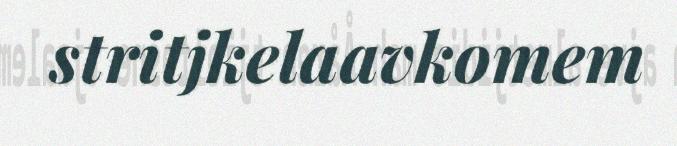
stritjkelaavkomem